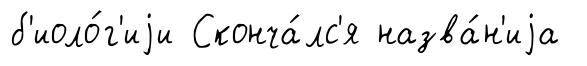
б'иоло́г'иjи Сконча́лс'я назва́н'иjа